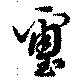
璽